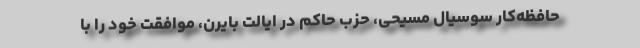
حافظه‌کار سوسیال مسیحی، حزب حاکم در ایالت بایرن، موافقت خود را با